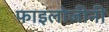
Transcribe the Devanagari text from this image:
फाइलोजीनी